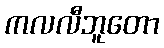
ကလလီဘူတော